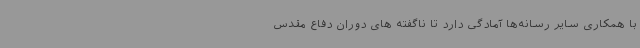
با همکاری سایر رسانه‌ها آمادگی دارد تا ناگفته های دوران دفاع مقدس